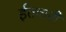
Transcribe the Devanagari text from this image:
ईतवारी